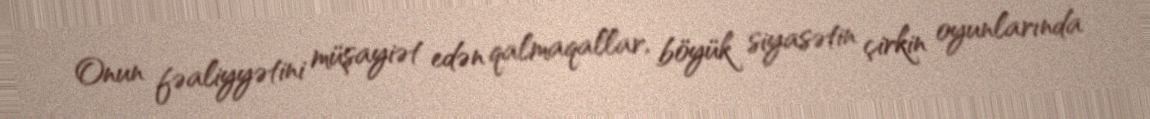
Onun fəaliyyətini müşayiət edən qalmaqallar, böyük siyasətin çirkin oyunlarında